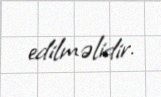
edilməlidir.